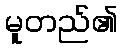
မူတည်၏